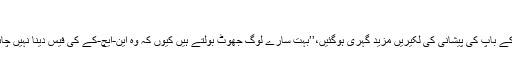
‘‘
اس کے باپ کی پیشانی کی لکیریں مزید گہری ہوگئیں،’’بہت سارے لوگ جھوٹ بولتے ہیں کیوں کہ وہ این-ایچ-کے کی فیس دینا نہیں چاہتے۔